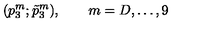
( p _ { 3 } ^ { m } ; \tilde { p } _ { 3 } ^ { m } ) , \qquad m = D , \ldots , 9